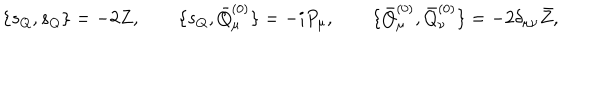
\{ s _ { Q } , s _ { Q } \} = - 2 Z , \qquad \{ s _ { Q } , \bar { Q } _ { \mu } ^ { ( 0 ) } \} = - i P _ { \mu } , \qquad \{ \bar { Q } _ { \mu } ^ { ( 0 ) } , \bar { Q } _ { \nu } ^ { ( 0 ) } \} = - 2 \delta _ { \mu \nu } \bar { Z } ,